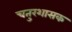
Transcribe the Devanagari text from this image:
चतुरशासक